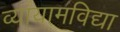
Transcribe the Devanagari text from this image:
व्यायामविद्या